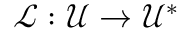
\mathcal { L } : \mathcal { U } \to \mathcal { U } ^ { * }